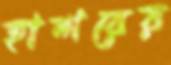
হাশরের